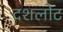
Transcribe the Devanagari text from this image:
दशलोट